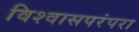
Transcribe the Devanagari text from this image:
विश्वासपरंपरा